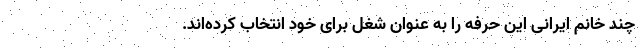
چند خانم ایرانی این حرفه را به‌ عنوان شغل برای خود انتخاب کرده‌اند.